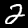
Digit: 2